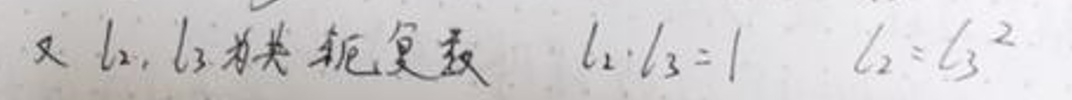
又 \(l_2, l_3\) 为共轭复数 \(l_2\cdot l_3 = 1\) \(l_2 = l_3^2\)